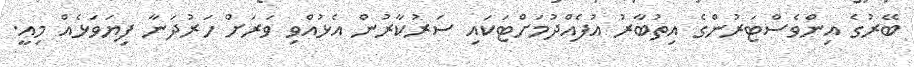
ބޭރުގެ އިންވެސްޓަރުންގެ އިތުބާރު އުފެއްދުމަށްޓަކައި ސަރުކާރުން އެޅުއްވި ވަރަށް ހަރުދަނާ ފިޔަވަޅެއް މިއީ.